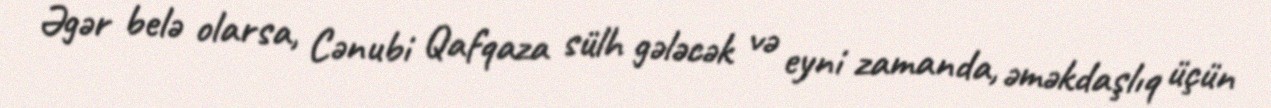
Əgər belə olarsa, Cənubi Qafqaza sülh gələcək və eyni zamanda, əməkdaşlıq üçün